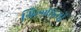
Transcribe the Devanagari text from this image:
गिल्ज़ाइयों